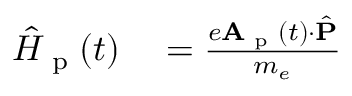
\begin{array} { r l } { \hat { H } _ { \textrm { p } } ( t ) } & { { } = \frac { e \mathbf { A } _ { \textrm { p } } ( t ) \cdot \hat { \mathbf { P } } } { m _ { e } } } \end{array}